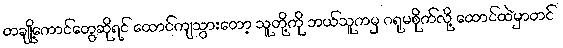
တချို့ကောင်တွေဆိုရင် ထောင်ကျသွားတော့ သူတို့ကို ဘယ်သူကမှ ဂရုမစိုက်လို့ ထောင်ထဲမှာတင်